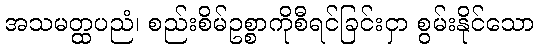
အသမတ္ထပညံ၊ စည်းစိမ်ဥစ္စာကိုစီရင်ခြင်းငှာ စွမ်းနိုင်သော